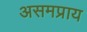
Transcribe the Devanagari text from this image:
असमप्राय